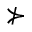
\nsucc